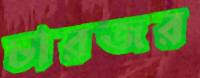
চারজর